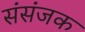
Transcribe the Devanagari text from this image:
संसंजक